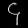
Digit: ၄